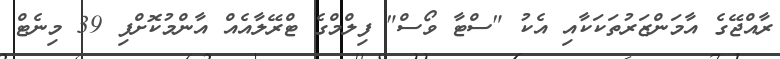
ރާއްޖޭގެ އާމަންޒަރުތަކަކާއި އެކު "ސްޓާ ވޯސް" ފިލްމްގެ ޓްރޭލާއެއް އާންމުކޮށްފި 39 މިނެޓް